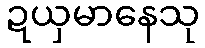
ဍယှမာနေသု